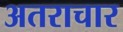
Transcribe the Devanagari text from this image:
अतराचार